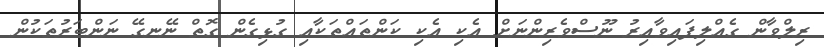
ރިލްވާން ގެއްލިފައިވާއިރު ނޫސްވެރިންނަށް އެކި އެކި ކަންތައްތަކާއި ގުޅިގެން ގޮތް ނޭނގޭ ނަންބަރުތަކުން